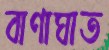
বাণাঘাত